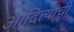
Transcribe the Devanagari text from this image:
आदित्यांची